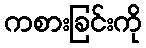
ကစားခြင်းကို